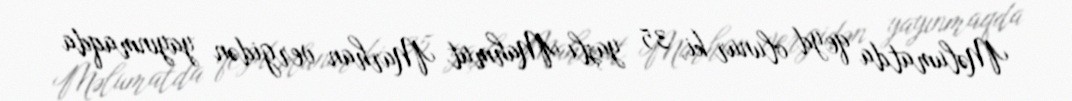
Məlumatda qeyd olunur ki, 35 yaşlı Mahmut Marhan vergidən yayınmaqda